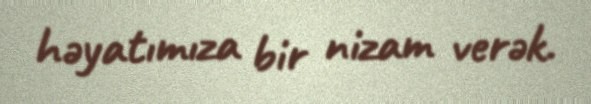
həyatımıza bir nizam verək.